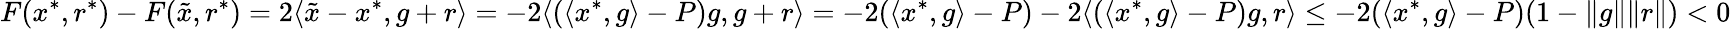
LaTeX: F(x^{*},r^{*})-F(\tilde{x},r^{*})=2\langle\tilde{x}-x^{*},g+r\rangle=-2\langle(\langle x^{*},g\rangle-P)g,g+r\rangle=-2(\langle x^{*},g\rangle-P)-2\langle(\langle x^{*},g\rangle-P)g,r\rangle\leq-2(\langle x^{*},g\rangle-P)(1-\| g\| \| r\| )<0